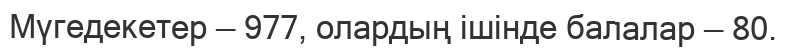
Мүгедекетер — 977, олардың ішінде балалар — 80.